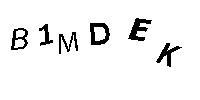
B1MDEK